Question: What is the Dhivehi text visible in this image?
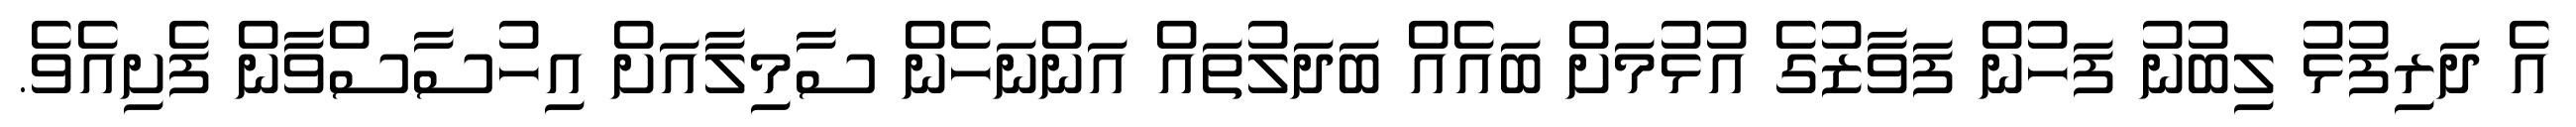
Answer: އެ ދަރިފުޅު ލިބުނު ފަހުން ފަވާޒުގެ އުޅުމަށް ބައެއް ބަދަލުތައް އަންނަހެން ސާމިލާއަށް އިހުސާސްވާން ފެށިއެވެ.